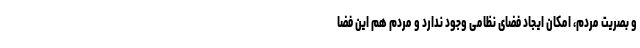
و بصریت مردم، امکان ایجاد فضای نظامی وجود ندارد و مردم هم این فضا